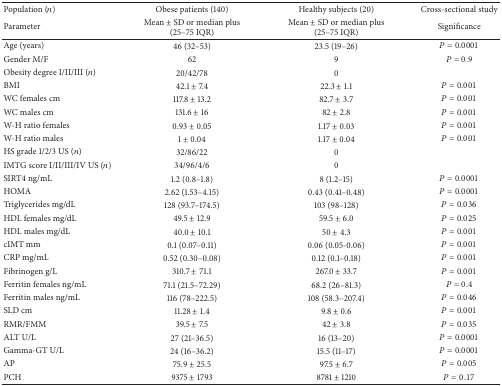
<table><thead><tr><td><b>Population (<i>n</i>)</b></td><td><b>Obese patients (140)</b></td><td><b>Healthy subjects (20)</b></td><td><b>Cross-sectional study</b></td></tr><tr><td><b>Parameter</b></td><td><b>Mean ± SD or median plus(25–75 IQR)</b></td><td><b>Mean ± SD or median plus(25–75 IQR)</b></td><td><b>Significance</b></td></tr></thead><tbody><tr><td>Age (years)</td><td>46 (32–53)</td><td>23.5 (19–26)</td><td><i>P</i> = 0.0001</td></tr><tr><td>Gender M/F</td><td>62</td><td>9</td><td><i>P</i> = 0.9</td></tr><tr><td>Obesity degree I/II/III (<i>n</i>)</td><td>20/42/78</td><td>0</td><td> </td></tr><tr><td>BMI</td><td>42.1 ± 7.4</td><td>22.3 ± 1.1</td><td><i>P</i> = 0.001</td></tr><tr><td>WC females cm</td><td>117.8 ± 13.2</td><td>82.7 ± 3.7</td><td><i>P</i> = 0.001</td></tr><tr><td>WC males cm</td><td>131.6 ± 16</td><td>82 ± 2.8</td><td><i>P</i> = 0.001</td></tr><tr><td>W-H ratio females</td><td>0.93 ± 0.05</td><td>1.17 ± 0.03</td><td><i>P</i> = 0.001</td></tr><tr><td>W-H ratio males</td><td>1 ± 0.04</td><td>1.17 ± 0.04</td><td><i>P</i> = 0.001</td></tr><tr><td>HS grade 1/2/3 US (<i>n</i>)</td><td>32/86/22</td><td>0 </td><td> </td></tr><tr><td>IMTG score I/II/III/IV US (<i>n</i>)</td><td>34/96/4/6</td><td>0</td><td> </td></tr><tr><td>SIRT4 ng/mL</td><td>1.2 (0.8–1.8) </td><td>8 (1.2–15)</td><td><i>P</i> = 0.0001</td></tr><tr><td>HOMA</td><td>2.62 (1.53–4.15)</td><td>0.43 (0.41–0.48)</td><td><i>P</i> = 0.0001</td></tr><tr><td>Triglycerides mg/dL</td><td>128 (93.7–174.5)</td><td>103 (98–128)</td><td><i>P</i> = 0.036</td></tr><tr><td>HDL females mg/dL</td><td>49.5 ± 12.9</td><td>59.5 ± 6.0</td><td><i>P</i> = 0.025</td></tr><tr><td>HDL males mg/dL</td><td>40.0 ± 10.1</td><td>50 ± 4.3</td><td><i>P</i> = 0.001</td></tr><tr><td> cIMT mm</td><td>0.1 (0.07–0.11)</td><td>0.06 (0.05-0.06)</td><td><i>P</i> = 0.001</td></tr><tr><td>CRP mg/mL</td><td>0.52 (0.30–0.08)</td><td>0.12 (0.1–0.18)</td><td><i>P</i> = 0.001</td></tr><tr><td>Fibrinogen g/L</td><td>310.7 ± 71.1</td><td>267.0 ± 33.7</td><td><i>P</i> = 0.001</td></tr><tr><td>Ferritin females ng/mL</td><td>71.1 (21.5–72.29)</td><td>68.2 (26–81.3)</td><td><i>P</i> = 0.4</td></tr><tr><td>Ferritin males ng/mL</td><td>116 (78–222.5)</td><td>108 (58.3–207.4)</td><td><i>P</i> = 0.046</td></tr><tr><td>SLD cm</td><td>11.28 ± 1.4</td><td>9.8 ± 0.6</td><td><i>P</i> = 0.001</td></tr><tr><td>RMR/FMM</td><td>39.5 ± 7.5</td><td>42 ± 3.8</td><td><i>P</i> = 0.035</td></tr><tr><td>ALT U/L</td><td>27 (21–36.5)</td><td>16 (13–20)</td><td><i>P</i> = 0.0001</td></tr><tr><td>Gamma-GT U/L</td><td>24 (16–36.2)</td><td>15.5 (11–17)</td><td><i>P</i> = 0.0001</td></tr><tr><td>AP </td><td>75.9 ± 25.5</td><td>97.5 ± 6.7</td><td><i>P</i> = 0.005</td></tr><tr><td>PCH</td><td>9375 ± 1793</td><td>8781 ± 1210</td><td><i>P</i> = 0.17</td></tr></tbody></table>